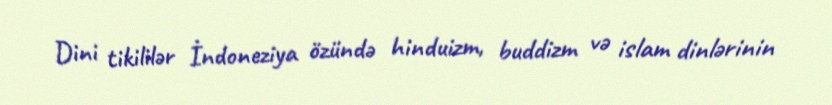
Dini tikililər İndoneziya özündə hinduizm, buddizm və islam dinlərinin